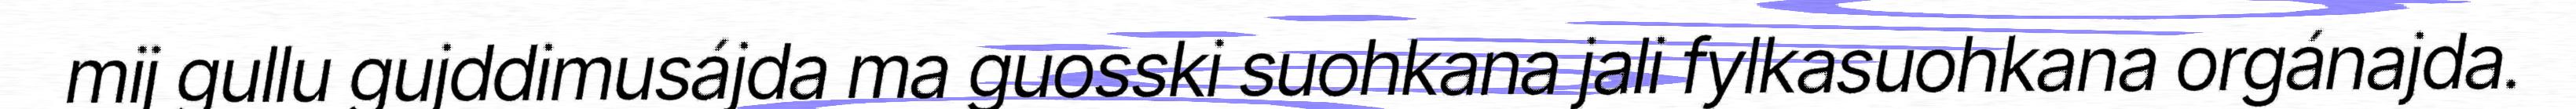
mij gullu gujddimusájda ma guosski suohkana jali fylkasuohkana orgánajda.